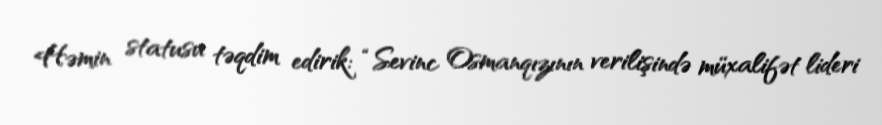
Həmin statusu təqdim edirik: “Sevinc Osmanqızının verilişində müxalifət lideri